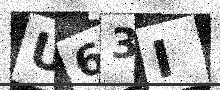
Text: U63I